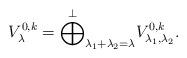
LaTeX: \begin{align*}V_{\lambda}^{0,k}=\overset{\perp}{\bigoplus}_{\lambda_1+\lambda_2=\lambda}V_{\lambda_1,\lambda_2}^{0,k}.\end{align*}